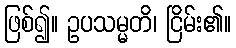
ဖြစ်၍။ ဥပသမ္မတိ၊ ငြိမ်း၏။